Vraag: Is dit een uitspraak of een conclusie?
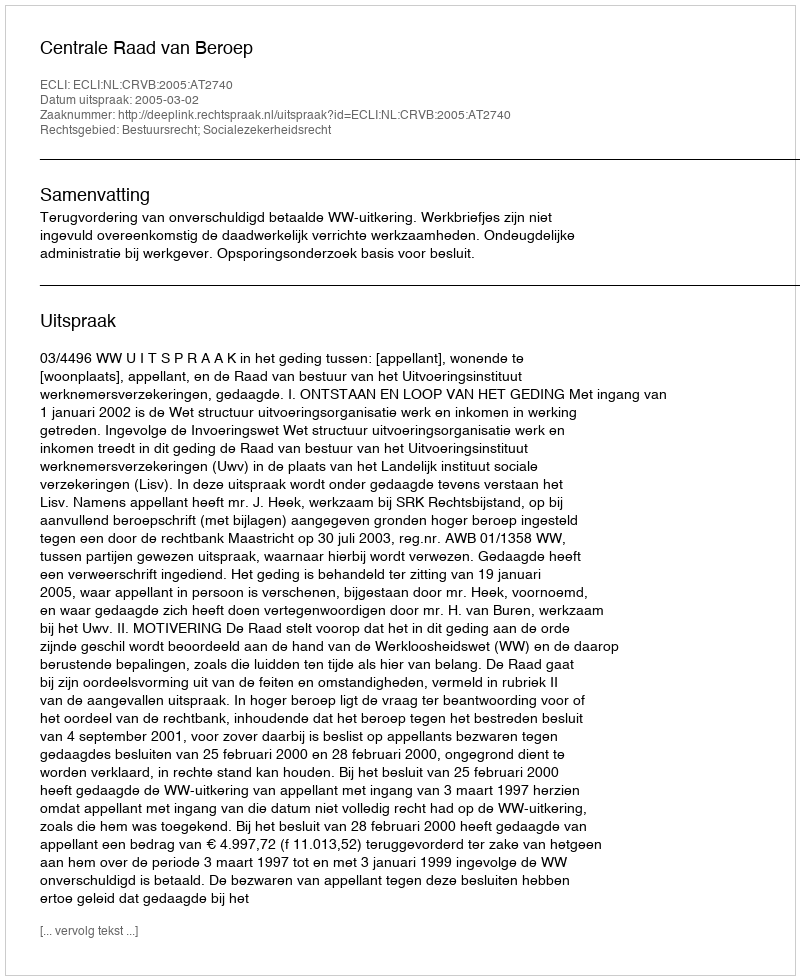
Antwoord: Uitspraak